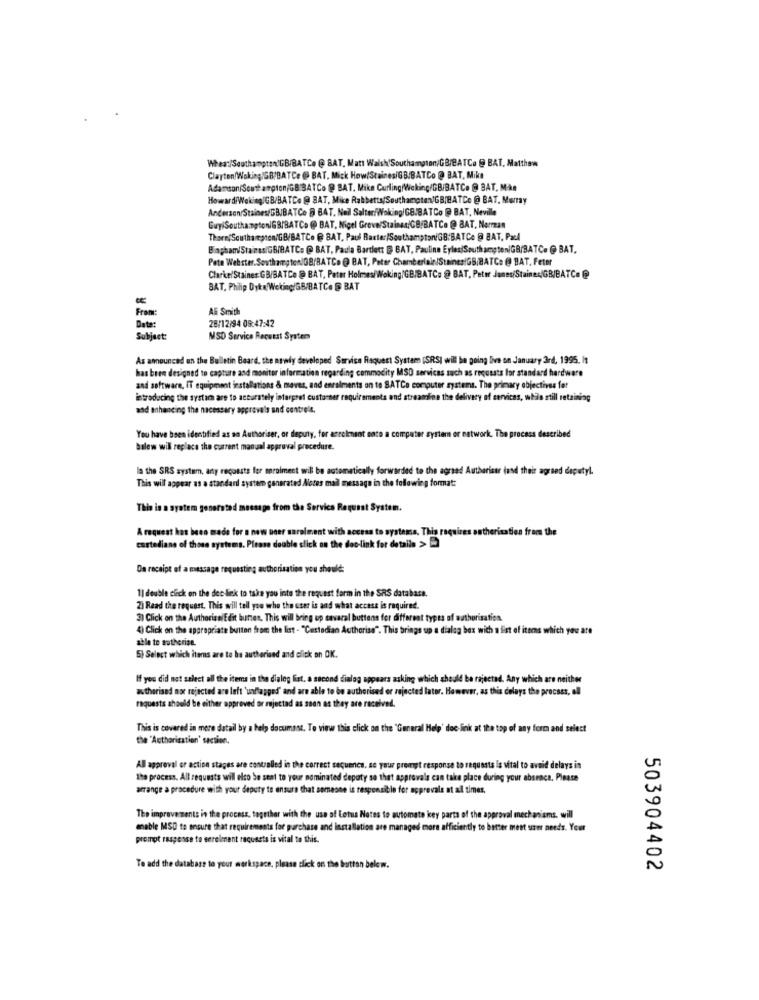
Whea:/Southampton'GB/BATCe @ BAT, Matt Walsh Southampton/GB/BATCo @ BAT, Matthew
Clayton/Woking/GB/DATCe @ BAT, Mick How(Staines/GB/BATCo @ BAT, Miks
AdamsoniSouthampton/GB BATCo @ BAT. Mike Curling/Weking/GB/BATC. @ BAT, Mike
HowardiWeking/GB/BATCe @ BAT, Mike Rabbetta/Southampton)GB/BATCo @ BAT, Murray
Anderson/Staines/GBIBATCe B BAT. Nail Salter/Woking/GB/BATCo @ BAT, Neville
GuyiSouthampton/GB/BATCo @@ BAT, Nigel Greve/Stainsa/GB/BATCe @ BAT, Norran
Tharn/Southampton/GB/BATCo @ BAT, Paul Rarter/Southampton/GB'BATCe @ BAT, Pal
Bingham/Stainss/GB/BATC: @ BAT, Padla Bartlett $ BAT, Pauline EylesiSouthampton/GR/BATC. @ BAT.
Pete Webster.SouthamptonIGB/BATCo @ BAT, Peter Chamberlain/Staines/GB/BATC: @ BAT, Feter
Clarke/Staines GB/BATCe @ BAT, Peter Holmes/Woking/GB/BATCa @ BAT, Peter Jones/Stainer/GB/BATCH @
BAT, Philip Dyka WokingiGB/BATCH $ BAT
-
Ali Smith
From:
28/12/94 09:47:42
Data:
Subject:
MSD Service Request System
As announced on the Bulletin Board, the newly developed Service Request System (SRSI will be going live on January 3rd, 1995. It
has been designed to capture and monitor information regarding commodity MSD services such as requests for standard hardware
and software, IT equipment installations & maves, and enralments on to SATCe computer systems. The primary objectives fer
introducing the systam are to accurately interpret customer requirements and streamline the delivery of services, while still retaining
nad enhancing the necessary approvals and contreit.
You have been identified as an Authoriser, or deputy, for arcelmant ente a computer system or network. The process described
balew will replace the current manual approval procedure.
la the SRS system, arty requests for mrolment will be automatically forwarded to the agreed Authoriser (and their agreed deputyl.
This will appear as a standard system generated Alotes mail message in the following format:
This is a system generated message from the Service Request System.
A request has been made for a new user sarolment with access to systemss. This requires a
therisation from the
cartediane of those systems. Please double click on the doc-link for details >>
Da receipt of a message requesting authorisation you should:
1| double click on the dec link to take you into the request farm in the SRS database.
2) Read the request. This will tell you who the user is and what access is required.
3) Click on the AuthorisalEdit butses, This will bring up savaral buttons for different types of authorisation.
4) Click on the appropriate buiten from the list - "Custodian Authorisa". This brings up a dialog box with a fist of items which you are
able to sutherise.
5) Select which items are to be authorised and click on OK.
If you did not select all the items in the dialog list, a second dialog appears asking which should be rejected. Any which are neither
authorised nor rejected are left 'unflagged' and are able to be authorised or rejected later. However, as this delays the process, all
requests should be either approved or rejectad as soon as they are received.
This is covered in more datail by a help document. To view this click on the 'General Help' doc link at the top of any form and select
the "Authorisation' saction.
All approval or action stages are controlled in the correct sequence, se your prompt response to requests Is vital to avoid delays in
the process. All requests will elto be sent to your nominated deputy so that approvals can take place during your absence, Please
arrange a procedure with your deputy to ensure that someone is responsible for approvala at al times,
The improve ments in the process, together with the use of Lotus Notes to automate key parts of the approval mechanisms. will
enable MSD to ensure that requirements for purchase and installation are managed more efficiently to better ment user needs. Your
prompt response to eerelment requests is vital to this.
To add the database to your merkspace, please click on the button below.
503904402